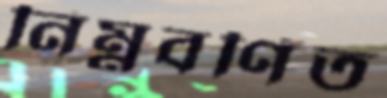
নিম্নবর্ণিত